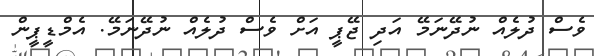
ވެސް ދުލެއް ނުދޭނަމޭ އަދި ޖޭޕީ އަށް ވެސް ދުލެއް ނުދޭނަމޭ. އެމްޑީޕީން